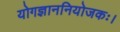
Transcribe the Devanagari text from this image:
योगज्ञाननियोजकः।